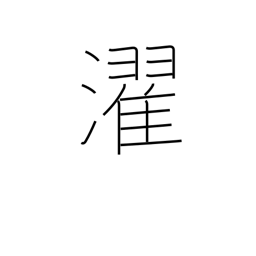
Meaning: laundry